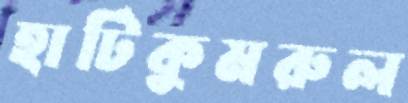
হাটিকুমরুল